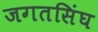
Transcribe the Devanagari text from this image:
जगतसिंघ